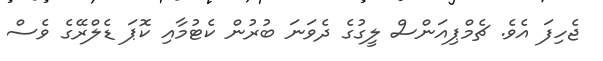
ޖެހިފަ އެވެ. ޗެމްޕިއަންސް ލީގުގެ ދެވަނަ ބުރުން ކެޓުމާއި ކޮޕަ ޑެލްރޭގެ ވެސް